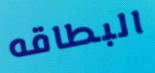
البطاقه